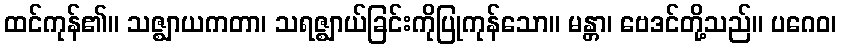
ထင်ကုန်၏။ သဇ္ဈာယကတာ၊ သရဇ္ဈာယ်ခြင်းကိုပြုကုန်သော။ မန္တာ၊ ဗေဒင်တို့သည်။ ပဂေဝ၊